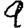
Digit: 9